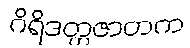
ဂိရိဒတ္တဇာတက